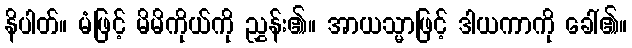
နိပါတ်။ မံဖြင့် မိမိကိုယ်ကို ညွှန်း၏။ အာယသ္မာဖြင့် ဒါယကာကို ခေါ်၏။